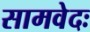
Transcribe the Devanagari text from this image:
सामवेदः